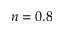
n = 0 . 8